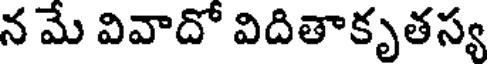
న మే వివాదో విదితాకృతస్య